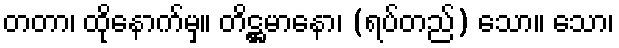
တတာ၊ ထိုနောက်မှ။ တိဋ္ဌမာနော၊ (ရပ်တည်) သော။ သော၊